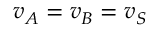
v _ { A } = v _ { B } = v _ { S }